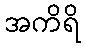
အကိရိ